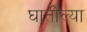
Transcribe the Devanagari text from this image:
घातील्या